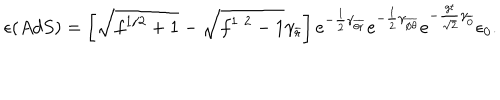
\epsilon ( { A d S } ) = \left[ \sqrt { f ^ { 1 / 2 } + 1 } - \sqrt { f ^ { 1 / 2 } - 1 } \gamma _ { \overline { { { r } } } } \right] e ^ { - { \frac { 1 } { 2 } } \gamma _ { \overline { { { \theta r } } } } } e ^ { - { \frac { 1 } { 2 } } \gamma _ { \overline { { { \phi \theta } } } } } e ^ { - { \frac { g t } { \sqrt { 2 } } } \gamma _ { \overline { { { 0 } } } } } \epsilon _ { 0 } .